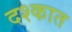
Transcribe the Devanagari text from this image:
दश्कात